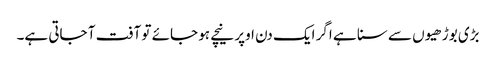
بڑی بوڑھیوں سے سنا ہے اگر ایک دن اوپر نیچے ہو جائے تو آفت آ جاتی ہے۔